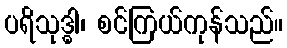
ပရိသုဒ္ဓါ၊ စင်ကြယ်ကုန်သည်။